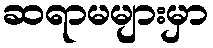
ဆရာမများမှာ